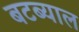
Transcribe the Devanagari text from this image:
बटब्याल